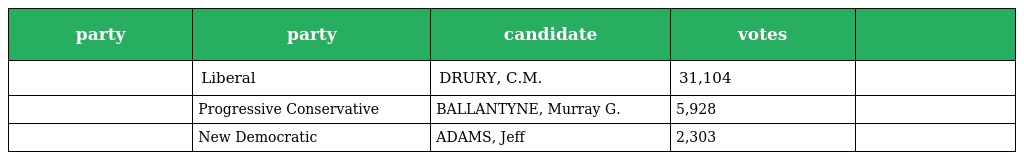
| party | party | candidate | votes |  |
 | --- | --- | --- | --- | --- |
 |  | Liberal | DRURY, C.M. | 31,104 |  |
 |  | Progressive Conservative | BALLANTYNE, Murray G. | 5,928 |  |
 |  | New Democratic | ADAMS, Jeff | 2,303 |  |